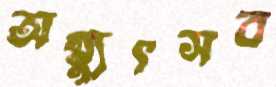
অগ্ন্যুৎসব